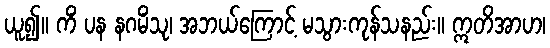
ယူ၍။ ကိံ ပန နဂမိံသု၊ အဘယ်ကြောင့် မသွားကုန်သနည်း။ ဣတိအာဟ၊